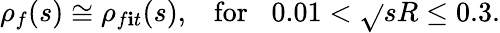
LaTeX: \rho_{f}(s)\cong\rho_{f\mathbf{i}t}(s),\; \; \; \mathrm{{{for}}}\; \; \; 0.01<\sqrt{}{{s}}R\leq0.3.